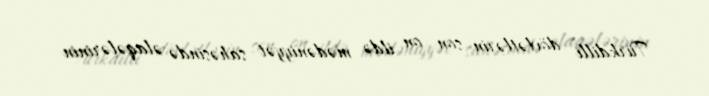
Türkdilli dövlətlərin son on ildə mədəniyyət sahəsində əlaqələrinin